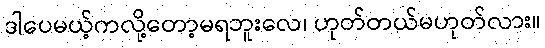
ဒါပေမယ့်ကလို့တော့မရဘူးလေ၊ ဟုတ်တယ်မဟုတ်လား။